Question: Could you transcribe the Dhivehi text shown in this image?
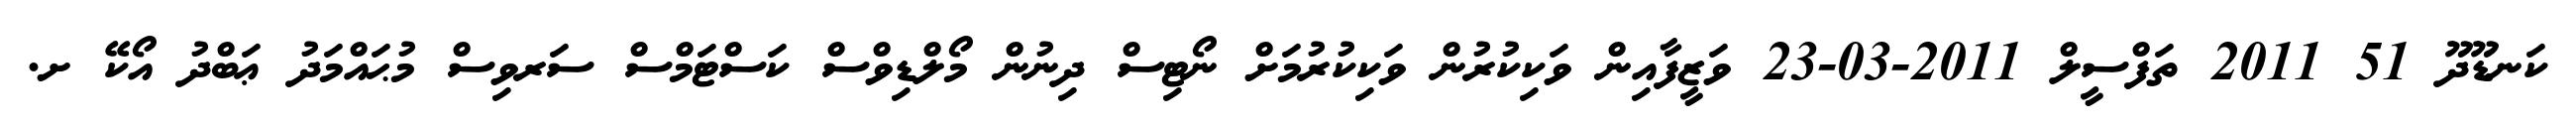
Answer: ކަނޑޫދޫ 51 2011 ތަފްސީލް 2011-03-23 ވަޒީފާއިން ވަކިކުރުން ވަކިކުރުމަށް ނޯޓިސް ދިނުން މޯލްޑިވްސް ކަސްޓަމްސް ސަރވިސް މުޙައްމަދު ޢަބްދު އޯކޭ ށ.